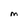
Character: M